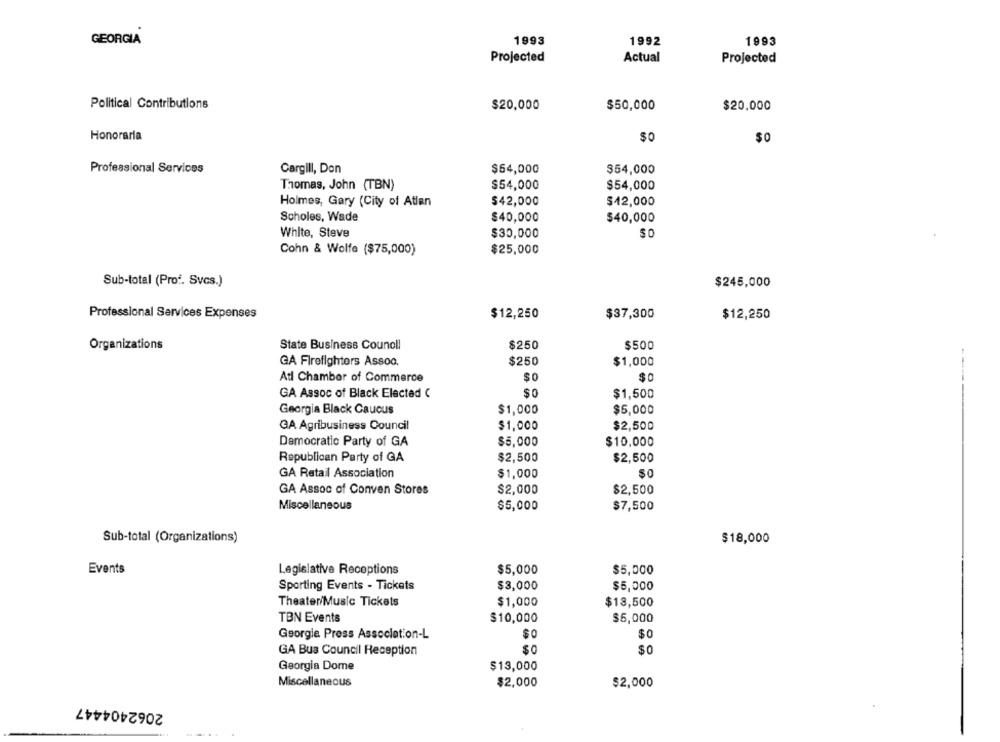
GEORGIA
1993
1992
1993
Projected
Actual
Projected
Political Contributions
$20,000
$50,000
$20,000
Honorarla
$0
$0
Professional Services
Cargill, Don
$54,000
$54,000
$54,000
$54,000
Thomas, John (TBN)
Holmes, Gary (City of Atlan
$42,000
$12,000
Scholes, Wade
$40,000
$40,000
White, Steve
$30,000
SO
Cohn & Wolfe ($75,000)
$25,000
Sub-total (Prof. Svcs.)
$245,000
Professional Services Expenses
$12,250
$37,300
$12,250
Organizations
State Business Council
$250
$500
GA Firefighters Assoa.
$250
$1,000
Atl Chamber of Commerce
$O
$0
----
$0
GA Assoc of Black Elected C
$1,500
Georgia Black Caucus
$1,000
$5,000
GA Agribusiness Council
$1,000
$2,500
Democratic Party of GA
$5,000
$10,000
Republican Party of GA
$2,500
$2,500
GA Retail Association
$1,000
SO
$2,000
GA Assoc of Conven Stores
$2,500
Miscellaneous
$5,000
$7,500
Sub-total (Organizations)
$18,000
Events
Legislative Recoptions
$5,000
$5,000
Sporting Events - Tickets
$3,000
$5,000
$1,000
$13,500
Theater/Music Tickets
TBN Events
$10,000
$5,000
Georgie Press Association-L
$0
$0
GA Bus Council Reception
So
Georgia Dome
$13,000
Miscellaneous
$2,000
$2,000
2062404447